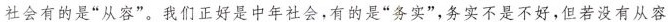
社会有的是“从容”。我们正好是中年社会，有的是“务实”，务实不是不好，但若没有从容